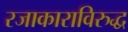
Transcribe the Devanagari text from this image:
रजाकाराविरुद्ध